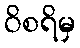
ဝိစရိမှ